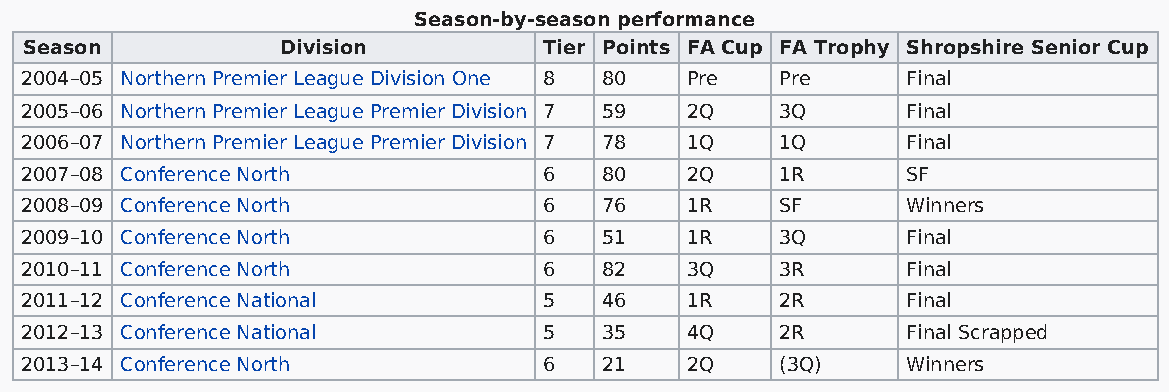
Season-by-season performance
 Season           Division         Tier Points FA Cup FA Trophy Shropshire Senior Cup
 2004–05 Northern Premier League Division One 8 80 Pre Pre  Final
 2005–06 Northern Premier League Premier Division 7 59 2Q 3Q Final
 2006–07 Northern Premier League Premier Division 7 78 1Q 1Q Final
 2007–08 Conference North           6   80   2Q     1R      SF
 2008–09 Conference North           6   76   1R     SF      Winners
 2009–10 Conference North           6   51   1R     3Q      Final
 2010–11 Conference North           6   82   3Q     3R      Final
 2011–12 Conference National        5   46   1R     2R      Final
 2012–13 Conference National        5   35   4Q     2R      Final Scrapped
 2013–14 Conference North           6   21   2Q     (3Q)    Winners